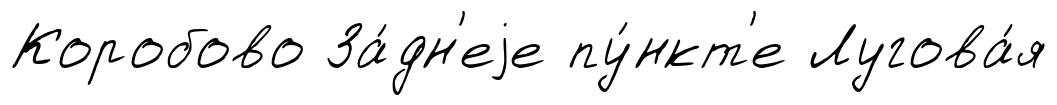
Коробово За́дн'еjе пу́нкт'е Лугова́я